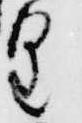
皇